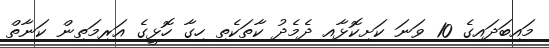
މައިބަދައިގެ 10 ވަނަ ކަށިކޮޅާއި ދެމެދު ކާތަކެތި ހިގާ ހޮޅީގެ އަރިމަތިން ކަނާތް